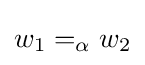
w_{1}=_{\alpha }w_{2}